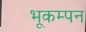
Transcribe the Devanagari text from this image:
भूकम्पन